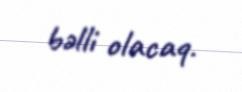
bəlli olacaq.